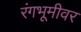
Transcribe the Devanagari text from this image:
रंंगभूमीवर